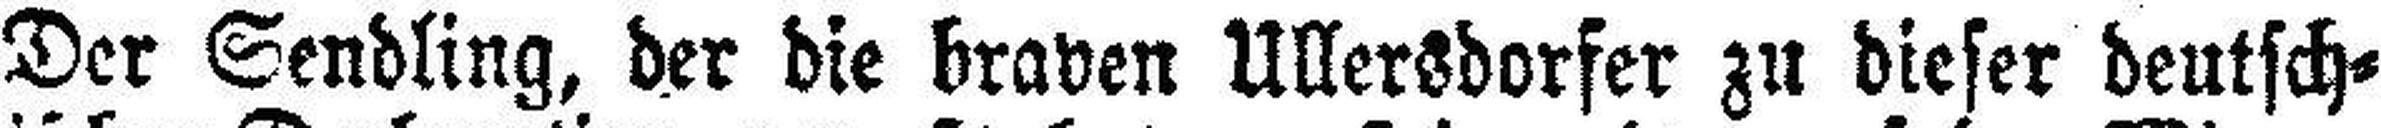
Der Sendling, der die braven Ullersdorfer zu dieser deutsch¬